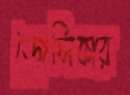
জেসিকার